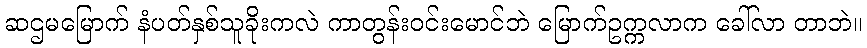
ဆဌမမြောက် နံပတ်နှစ်သူခိုးကလဲ ကာတွန်းဝင်းမောင်ဘဲ မြောက်ဥက္ကလာက ခေါ်လာ တာဘဲ။